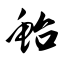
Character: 鲐